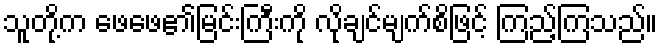
သူတို့က ဖေဖေ၏မြင်းကြီးကို လိုချင်မျက်စိဖြင့် ကြည့်ကြသည်။